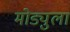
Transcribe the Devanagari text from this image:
मोड्युला